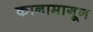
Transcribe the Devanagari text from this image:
कानामागून